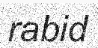
rabid